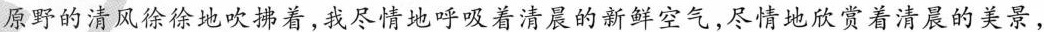
原野的清风徐徐地吹拂着，我尽情地呼吸着清晨的新鲜空气，尽情地欣赏着清晨的美景，